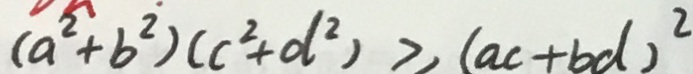
( a ^ { 2 } + b ^ { 2 } ) ( c ^ { 2 } + d ^ { 2 } ) \geqslant ( a c + b d ) ^ { 2 }